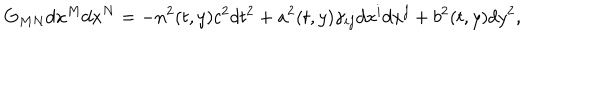
G _ { M N } d x ^ { M } d x ^ { N } = - n ^ { 2 } ( t , y ) c ^ { 2 } d t ^ { 2 } + a ^ { 2 } ( t , y ) \gamma _ { i j } d x ^ { i } d x ^ { j } + b ^ { 2 } ( t , y ) d y ^ { 2 } ,